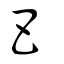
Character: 巴